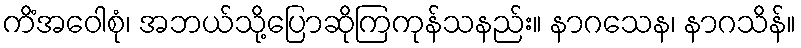
ကိံအဝေါစုံ၊ အဘယ်သို့ပြောဆိုကြကုန်သနည်း။ နာဂသေန၊ နာဂသိန်။